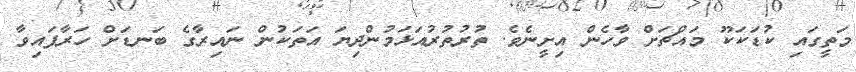
މަތީގައި ކުޑަކަކޫ މައްޗަށް ވާހެން އިށީނެވެ. ތުރުތުރުއަޅަމުންދިޔަ އަތަކުން ނައިރާގެ ބަނޑަށް ހަރާފައިވާ